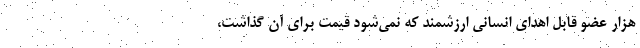
هزار عضو قابل اهدای انسانی ارزشمند که نمی‌شود قیمت برای آن گذاشت،